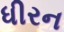
ધીરન